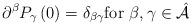
LaTeX: \begin{align*}\partial ^{\beta }P_{\gamma }\left( 0\right) =\delta _{\beta \gamma }\text{for }\beta ,\gamma \in \hat{\mathcal{A}} \end{align*}